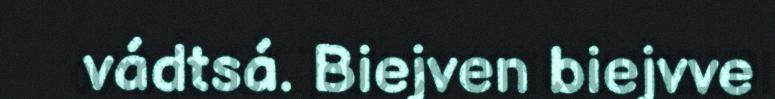
vádtsá. Biejven biejvve